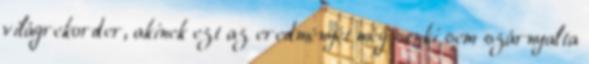
világrekorder, akinek ezt az eredményét még senki sem szárnyalta